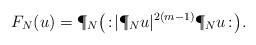
LaTeX: \begin{align*} F_N(u) = \P_N\big(\! :\!|\P_Nu|^{{2(m-1)}} \P_Nu\!: \!\big). \end{align*}